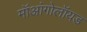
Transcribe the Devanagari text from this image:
मॉआंगोलॉयड